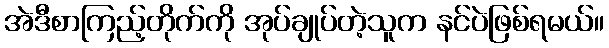
အဲဒီစာကြည့်တိုက်ကို အုပ်ချုပ်တဲ့သူက နင်ပဲဖြစ်ရမယ်။